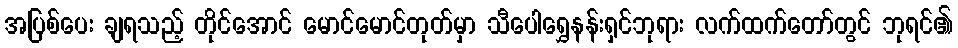
အပြစ်ပေး ချရသည့် တိုင်အောင် မောင်မောင်တုတ်မှာ သီပေါရွှေနန်းရှင်ဘုရား လက်ထက်တော်တွင် ဘုရင်၏